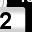
Digit: 2